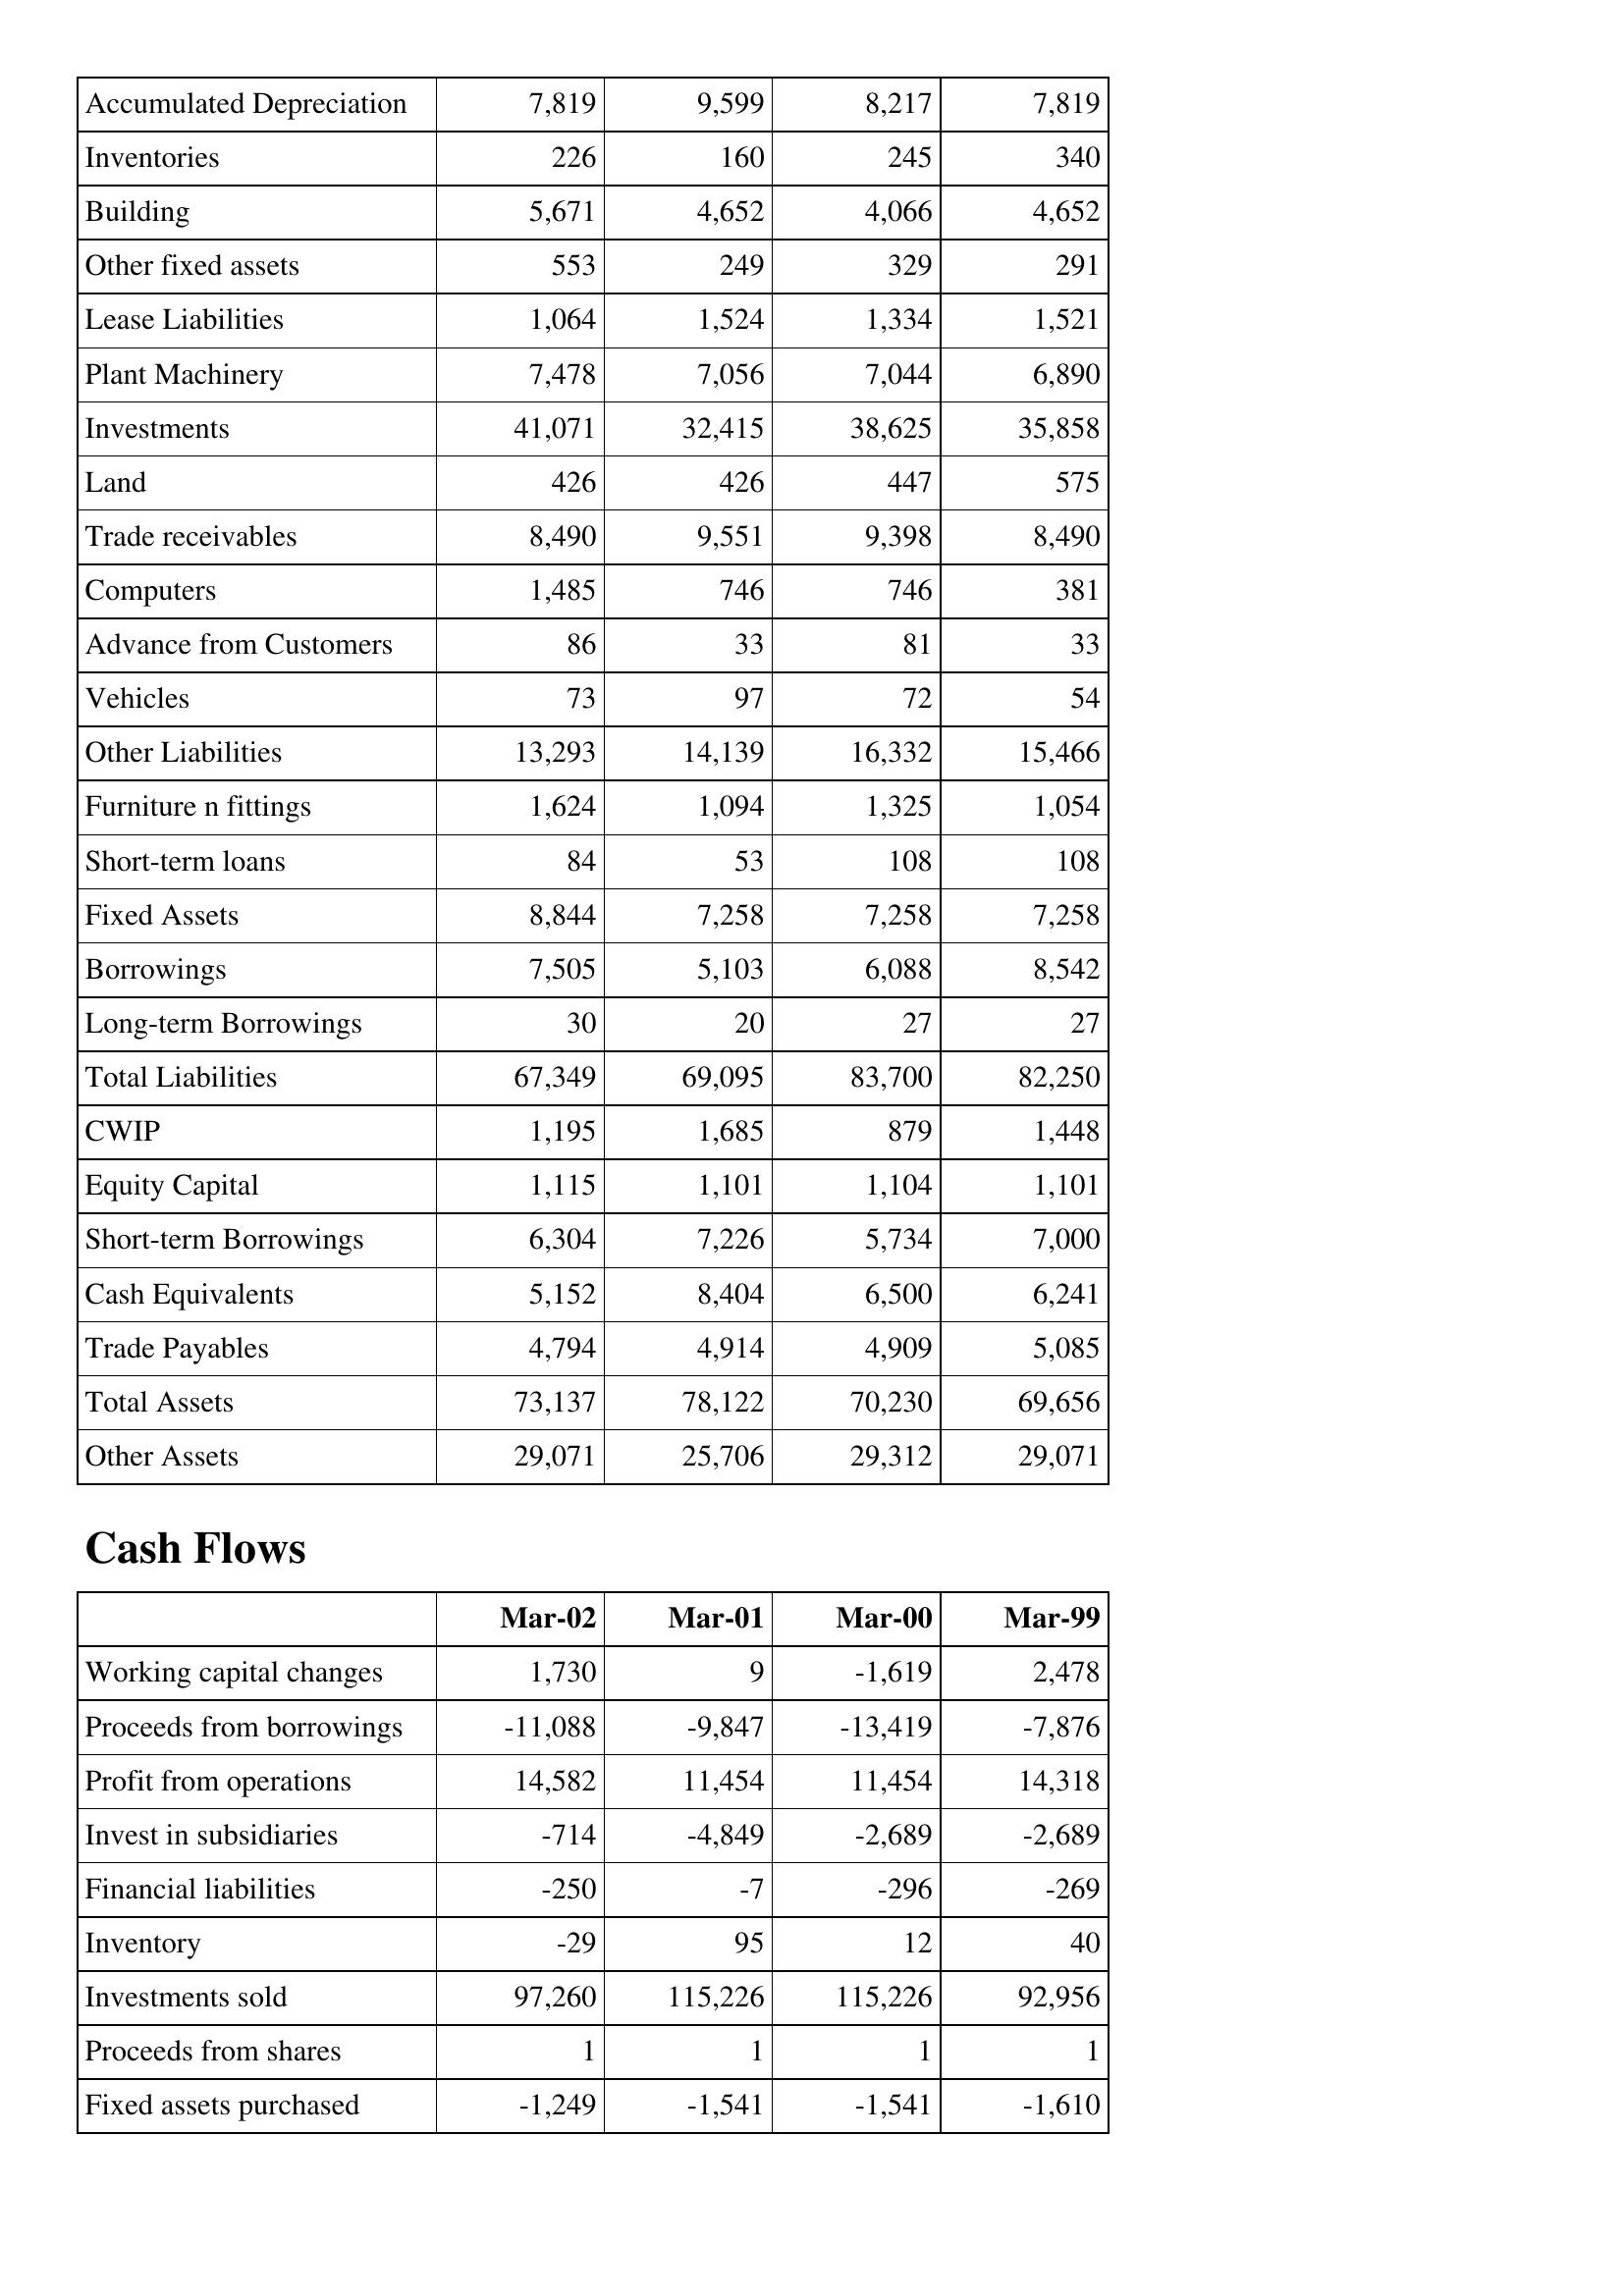
Mar-02: Balance Sheet: Accumulated Depreciation: 7,819
Inventories: 226
Building: 5,671
Other fixed assets: 553
Lease Liabilities: 1,064
Plant Machinery: 7,478
Investments: 41,071
Land: 426
Trade receivables: 8,490
Computers: 1,485
Advance from Customers: 86
Vehicles: 73
Other Liabilities: 13,293
Furniture n fittings: 1,624
Short-term loans: 84
Fixed Assets: 8,844
Borrowings: 7,505
Long-term Borrowings: 30
Total Liabilities: 67,349
CWIP: 1,195
Equity Capital: 1,115
Short-term Borrowings: 6,304
Cash Equivalents: 5,152
Trade Payables: 4,794
Total Assets: 73,137
Other Assets: 29,071
Cash Flows: Working capital changes: 1,730
Proceeds from borrowings: -11,088
Profit from operations: 14,582
Invest in subsidiaries: -714
Financial liabilities: -250
Inventory: -29
Investments sold: 97,260
Proceeds from shares: 1
Fixed assets purchased: -1,249
Mar-01: Balance Sheet: Accumulated Depreciation: 9,599
Inventories: 160
Building: 4,652
Other fixed assets: 249
Lease Liabilities: 1,524
Plant Machinery: 7,056
Investments: 32,415
Land: 426
Trade receivables: 9,551
Computers: 746
Advance from Customers: 33
Vehicles: 97
Other Liabilities: 14,139
Furniture n fittings: 1,094
Short-term loans: 53
Fixed Assets: 7,258
Borrowings: 5,103
Long-term Borrowings: 20
Total Liabilities: 69,095
CWIP: 1,685
Equity Capital: 1,101
Short-term Borrowings: 7,226
Cash Equivalents: 8,404
Trade Payables: 4,914
Total Assets: 78,122
Other Assets: 25,706
Cash Flows: Working capital changes: 9
Proceeds from borrowings: -9,847
Profit from operations: 11,454
Invest in subsidiaries: -4,849
Financial liabilities: -7
Inventory: 95
Investments sold: 115,226
Proceeds from shares: 1
Fixed assets purchased: -1,541
Mar-00: Balance Sheet: Accumulated Depreciation: 8,217
Inventories: 245
Building: 4,066
Other fixed assets: 329
Lease Liabilities: 1,334
Plant Machinery: 7,044
Investments: 38,625
Land: 447
Trade receivables: 9,398
Computers: 746
Advance from Customers: 81
Vehicles: 72
Other Liabilities: 16,332
Furniture n fittings: 1,325
Short-term loans: 108
Fixed Assets: 7,258
Borrowings: 6,088
Long-term Borrowings: 27
Total Liabilities: 83,700
CWIP: 879
Equity Capital: 1,104
Short-term Borrowings: 5,734
Cash Equivalents: 6,500
Trade Payables: 4,909
Total Assets: 70,230
Other Assets: 29,312
Cash Flows: Working capital changes: -1,619
Proceeds from borrowings: -13,419
Profit from operations: 11,454
Invest in subsidiaries: -2,689
Financial liabilities: -296
Inventory: 12
Investments sold: 115,226
Proceeds from shares: 1
Fixed assets purchased: -1,541
Mar-99: Balance Sheet: Accumulated Depreciation: 7,819
Inventories: 340
Building: 4,652
Other fixed assets: 291
Lease Liabilities: 1,521
Plant Machinery: 6,890
Investments: 35,858
Land: 575
Trade receivables: 8,490
Computers: 381
Advance from Customers: 33
Vehicles: 54
Other Liabilities: 15,466
Furniture n fittings: 1,054
Short-term loans: 108
Fixed Assets: 7,258
Borrowings: 8,542
Long-term Borrowings: 27
Total Liabilities: 82,250
CWIP: 1,448
Equity Capital: 1,101
Short-term Borrowings: 7,000
Cash Equivalents: 6,241
Trade Payables: 5,085
Total Assets: 69,656
Other Assets: 29,071
Cash Flows: Working capital changes: 2,478
Proceeds from borrowings: -7,876
Profit from operations: 14,318
Invest in subsidiaries: -2,689
Financial liabilities: -269
Inventory: 40
Investments sold: 92,956
Proceeds from shares: 1
Fixed assets purchased: -1,610